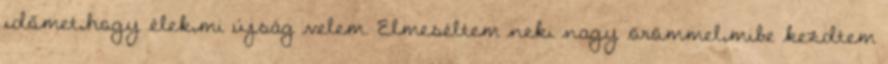
időmet,hogy élek,mi újság velem. Elmeséltem neki nagy örömmel,mibe kezdtem